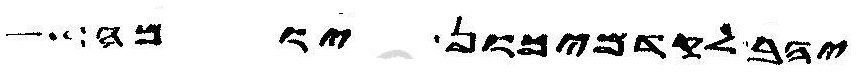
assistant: יהב לקדמיכון יומה